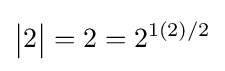
{\begin{vmatrix}2\end{vmatrix}}=2=2^{1(2)/2}